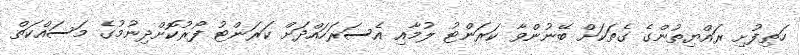
ހަތިފުށި ރައްޔިތުންގެ ގެތަކަށް ބޭނުންވާ ކަރަންޓު ލުމާއި އެސަރަހައްދަށް ކަރަންޓު ފޯރުކޮށްދިނުމުގެ މަސައްކަތް